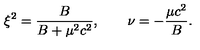
\xi ^ { 2 } = \frac { B } { B + \mu ^ { 2 } c ^ { 2 } } , \qquad \nu = - \frac { \mu c ^ { 2 } } { B } .